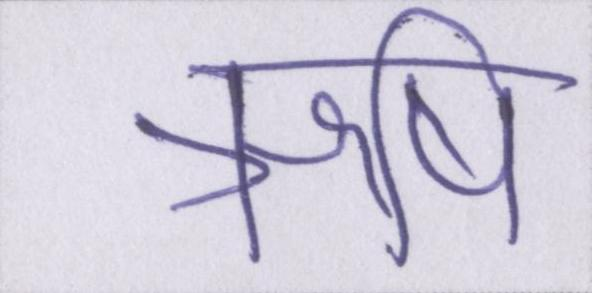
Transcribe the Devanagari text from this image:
ऋषि